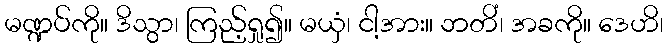
မဏ္ဍပ်ကို။ ဒိသွာ၊ ကြည့်ရှု၍။ မယှံ၊ ငါ့အား။ ဘတိံ၊ အခကို။ ဒေဟိ၊